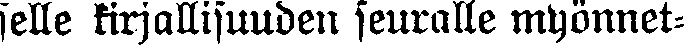
selle kirjallisuuden seuralle myönnet-